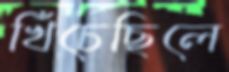
খিঁচেছিলে